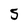
Character: 5